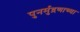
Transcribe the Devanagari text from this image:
पुनर्मुद्रणाच्या